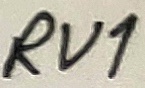
Text: RV1